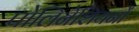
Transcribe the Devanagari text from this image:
पोलिनेशियनों